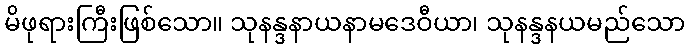
မိဖုရားကြီးဖြစ်သော။ သုနန္ဒနာယနာမဒေဝီယာ၊ သုနန္ဒနယမည်သော